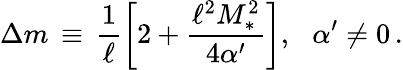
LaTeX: \Delta m\, \equiv\, \frac{1}{\ell}\bigg[2+\frac{\ell^{2}M_{*}^{2}}{4\alpha^{\prime}}\bigg],\, \, \, \, \alpha^{\prime}\neq 0\, .